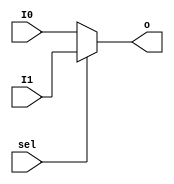
`timescale 1ns / 1ps
//////////////////////////////////////////////////////////////////////////////////
// Company: 
// Engineer: 
// 
// Design Name: 
// Module Name: MUX2T1_64
// Project Name: 
// Target Devices: 
// Tool Versions: 
// Description: 
// 
// Dependencies: 
// 
// Revision:
// Revision 0.01 - File Created
// Additional Comments:
// 
//////////////////////////////////////////////////////////////////////////////////


module MUX2T1_64(input[63:0]I0,
				 input[63:0]I1,
				 input sel,
				 output[63:0]o

    );
    assign o = sel? I1 : I0;
endmodule